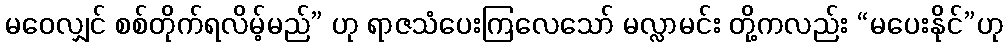
မဝေလျှင် စစ်တိုက်ရလိမ့်မည်” ဟု ရာဇသံပေးကြလေသော် မလ္လာမင်း တို့ကလည်း “မပေးနိုင်”ဟု